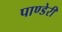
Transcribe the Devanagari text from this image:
पाण्डेरी